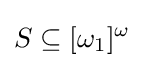
S\subseteq [\omega _{1}]^{\omega }